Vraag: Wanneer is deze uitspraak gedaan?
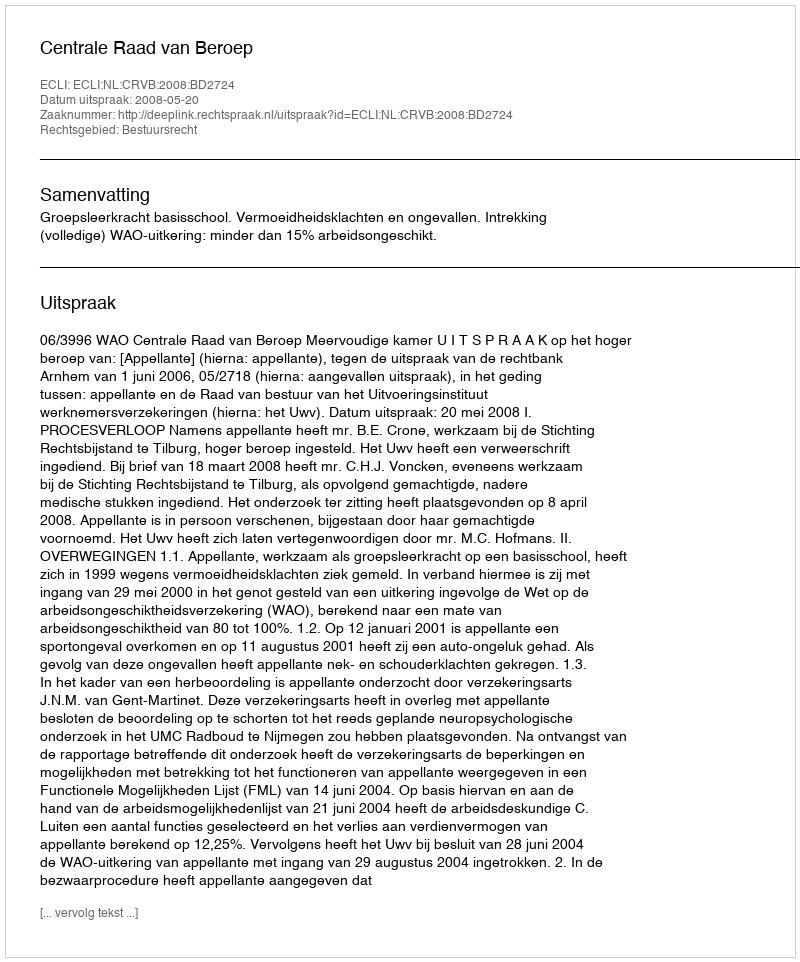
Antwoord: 2008-05-20